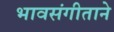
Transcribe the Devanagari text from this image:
भावसंगीताने